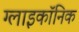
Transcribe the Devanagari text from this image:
ग्लाइकॉनिक